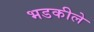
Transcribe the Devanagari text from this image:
भडकीले